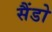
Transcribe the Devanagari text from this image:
सैंडो